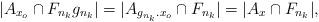
LaTeX: \begin{align*}|A_{x_o} \cap F_{n_k} g_{n_k}| = |A_{g_{n_k}.x_o} \cap F_{n_k}| = |A_x \cap F_{n_k}|,\end{align*}